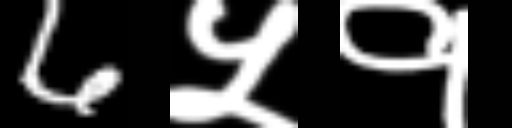
Text: 6५१